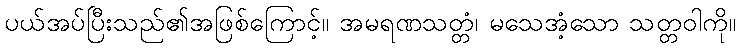
ပယ်အပ်ပြီးသည်၏အဖြစ်ကြောင့်။ အမရဏသတ္တံ၊ မသေအံ့သော သတ္တဝါကို။